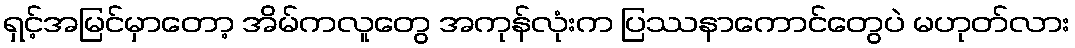
ရှင့်အမြင်မှာတော့ အိမ်ကလူတွေ အကုန်လုံးက ပြဿနာကောင်တွေပဲ မဟုတ်လား